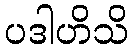
ပဒါဟိသိ